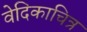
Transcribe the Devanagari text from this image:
वेदिकाचित्र